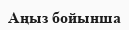
Аңыз бойынша